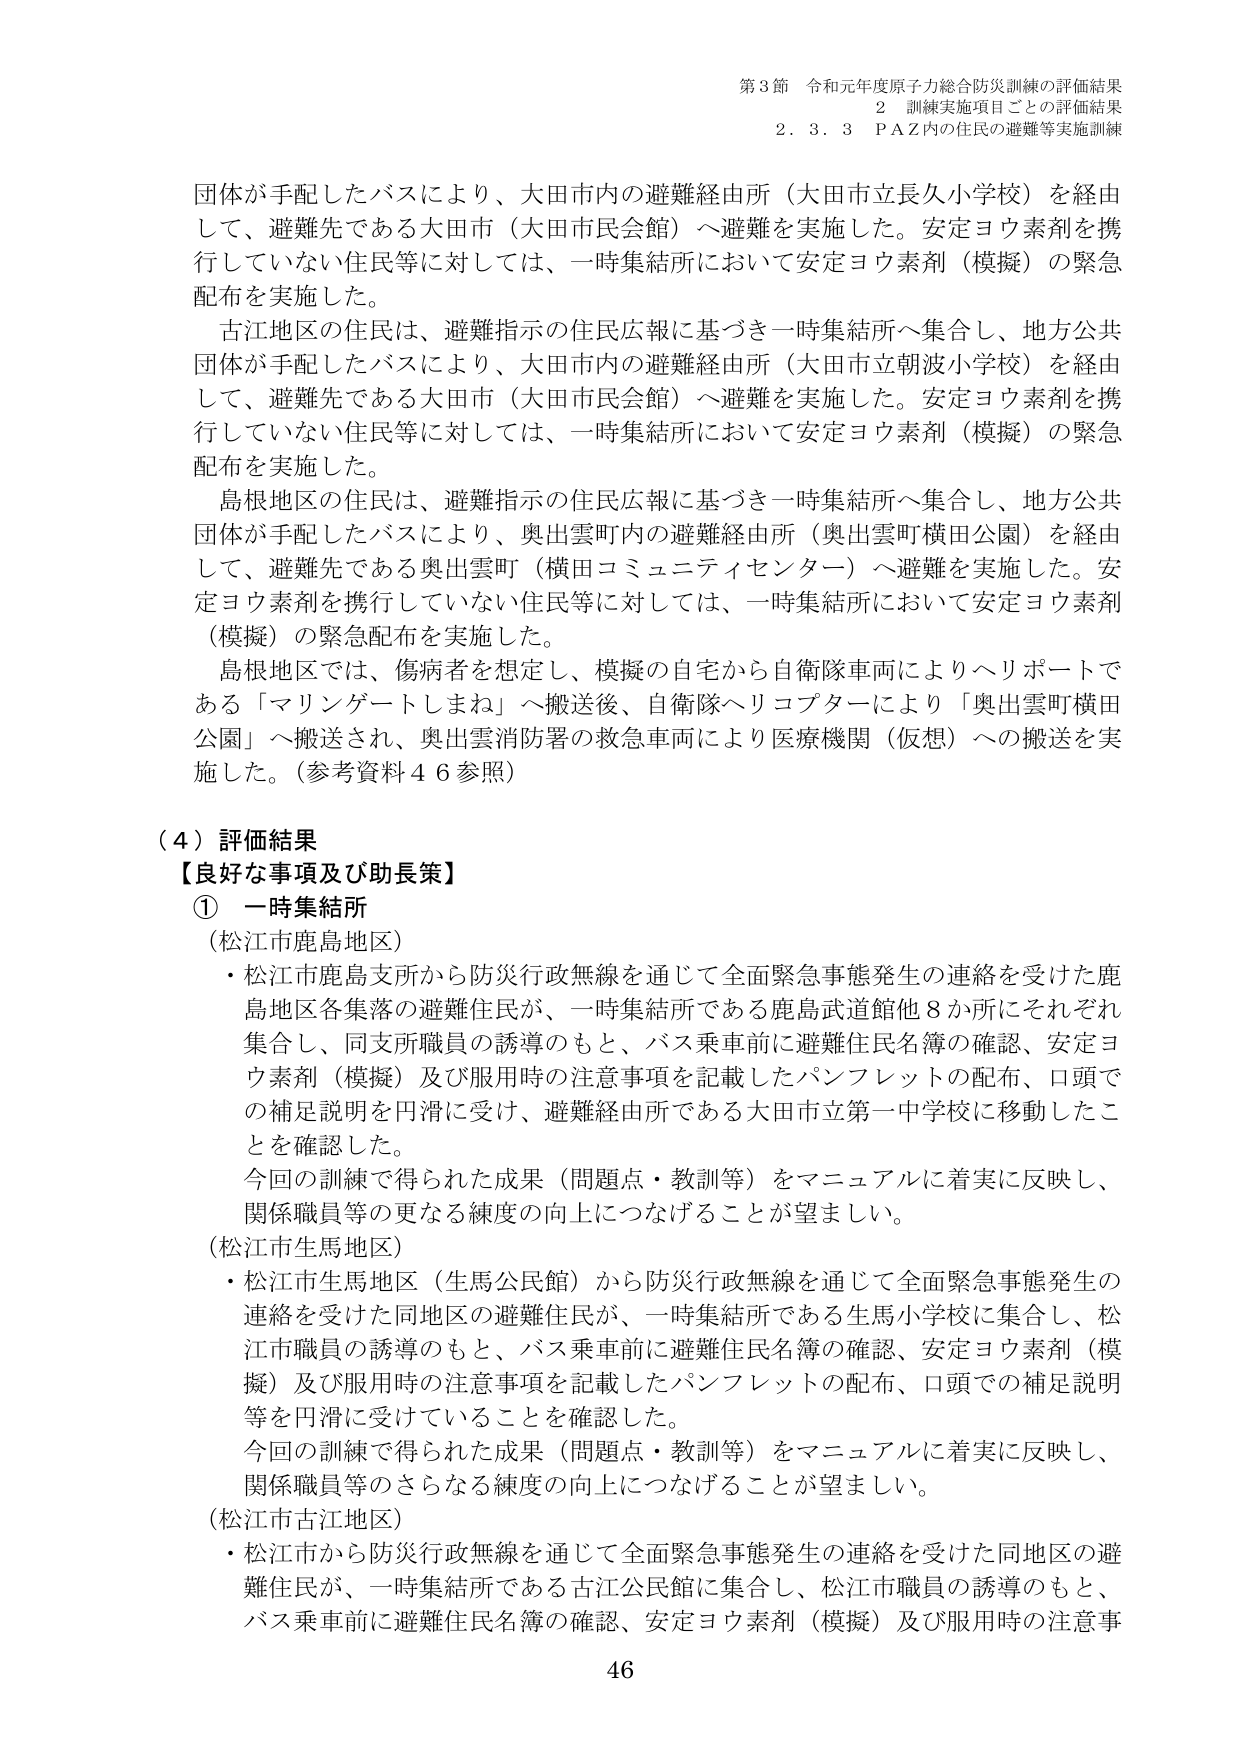
第3節 令和元年度原子力総合防災訓練の評価結果
2 訓練実施項目ごとの評価結果
2.3.3 P A Z内の住民の避難等実施訓練

団体が手配したバスにより、大田市内の避難経由所（大田市立長久小学校）を経由して、避難先である大田市（大田市民会館）へ避難を実施した。安定ヨウ素剤を携行していない住民等に対しては、一時集結所において安定ヨウ素剤（模擬）の緊急配布を実施した。

古江地区の住民は、避難指示の住民広報に基づき一時集結所へ集合し、地方公共団体が手配したバスにより、大田市内の避難経由所（大田市立朝波小学校）を経由して、避難先である大田市（大田市民会館）へ避難を実施した。安定ヨウ素剤を携行していない住民等に対しては、一時集結所において安定ヨウ素剤（模擬）の緊急配布を実施した。

島根地区の住民は、避難指示の住民広報に基づき一時集結所へ集合し、地方公共団体が手配したバスにより、奥出雲町内の避難経由所（奥出雲町横田公園）を経由して、避難先である奥出雲町（横田コミュニティセンター）へ避難を実施した。安定ヨウ素剤を携行していない住民等に対しては、一時集結所において安定ヨウ素剤（模擬）の緊急配布を実施した。

島根地区では、傷病者を想定し、模擬の自宅から自衛隊車両によりヘリポートである「マリンゲートしまね」へ搬送後、自衛隊ヘリコプターにより「奥出雲町横田公園」へ搬送され、奥出雲消防署の救急車両により医療機関（仮想）への搬送を実施した。（参考資料46参照）

（4）評価結果
【良好な事項及び助長策】
① 一時集結所
（松江市鹿島地区）
・松江市鹿島支所から防災行政無線を通じて全面緊急事態発生の連絡を受けた鹿島地区各集落の避難住民が、一時集結所である鹿島武道館他8か所にそれぞれ集合し、同支所職員の誘導のもと、バス乗車前に避難住民名簿の確認、安定ヨウ素剤（模擬）及び服用時の注意事項を記載したパンフレットの配布、口頭での補足説明を円滑に受け、避難経由所である大田市立第一中学校に移動したことを確認した。
今回の訓練で得られた成果（問題点・教訓等）をマニュアルに着実に反映し、関係職員等の更なる練度の向上につなげることが望ましい。

（松江市生馬地区）
・松江市生馬地区（生馬公民館）から防災行政無線を通じて全面緊急事態発生の連絡を受けた同地区の避難住民が、一時集結所である生馬小学校に集合し、松江市職員の誘導のもと、バス乗車前に避難住民名簿の確認、安定ヨウ素剤（模擬）及び服用時の注意事項を記載したパンフレットの配布、口頭での補足説明等を円滑に受けていることを確認した。
今回の訓練で得られた成果（問題点・教訓等）をマニュアルに着実に反映し、関係職員等のさらなる練度の向上につなげることが望ましい。

（松江市古江地区）
・松江市から防災行政無線を通じて全面緊急事態発生の連絡を受けた同地区の避難住民が、一時集結所である古江公民館に集合し、松江市職員の誘導のもと、バス乗車前に避難住民名簿の確認、安定ヨウ素剤（模擬）及び服用時の注意事項

46